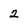
Character: 2